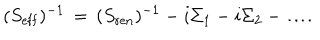
LaTeX: ( S _ { \mathrm { e f f } } ) ^ { - 1 } \, = \, ( S _ { \mathrm { r e n } } ) ^ { - 1 } - i \Sigma _ { 1 } - i \Sigma _ { 2 } - \dots \! .